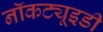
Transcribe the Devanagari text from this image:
नॉकट्यूइडी